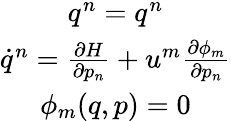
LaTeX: \begin{array}{c}{q^{n}=q^{n}}\\ {\dot{q}^{n}=\frac{\partial H}{\partial p_{n}}+u^{m}\frac{\partial\phi_{m}}{\partial p_{n}}}\\ {\phi_{m}(q,p)=0}\end{array}